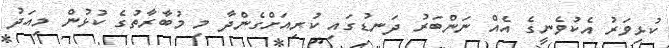
ކުޅިވަރު އެކުވެނީގެ އެއް ނަންބަރު ދަނޑުގައި ކުރިއަށްގެންދާ މި މުބާރާތުގެ ކުޅުން މިއަދު